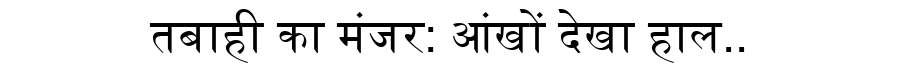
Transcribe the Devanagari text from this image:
तबाही का मंजर: आंखों देखा हाल..